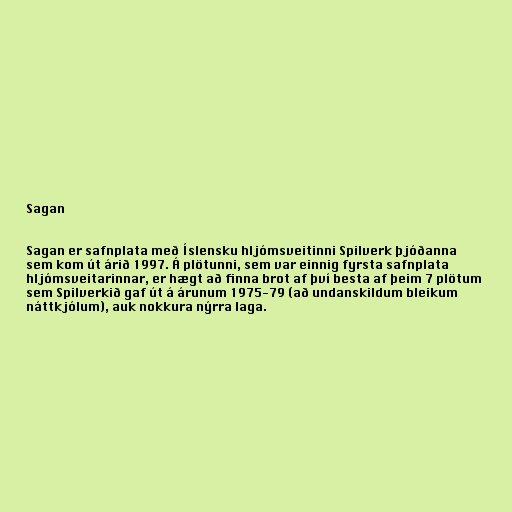
Sagan

Sagan er safnplata með Íslensku hljómsveitinni Spilverk þjóðanna
sem kom út árið 1997. Á plötunni, sem var einnig fyrsta safnplata
hljómsveitarinnar, er hægt að finna brot af því besta af þeim 7 plötum
sem Spilverkið gaf út á árunum 1975-79 (að undanskildum bleikum
náttkjólum), auk nokkura nýrra laga.